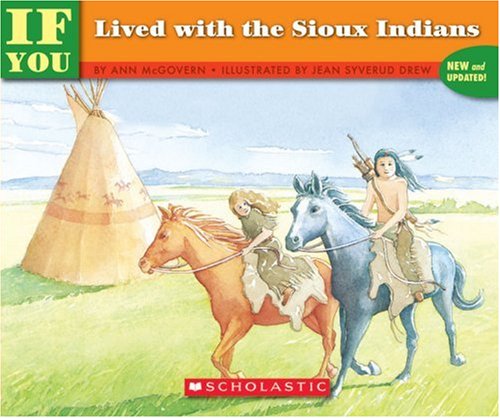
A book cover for If You Lived With The Sioux Indians; Ann Mcgovern; History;